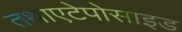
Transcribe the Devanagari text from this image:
तथाएटेपोसाइड